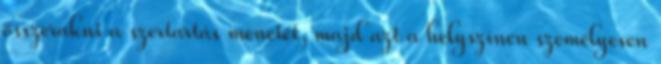
összerakni a szertartás menetét, majd azt a helyszínen személyesen